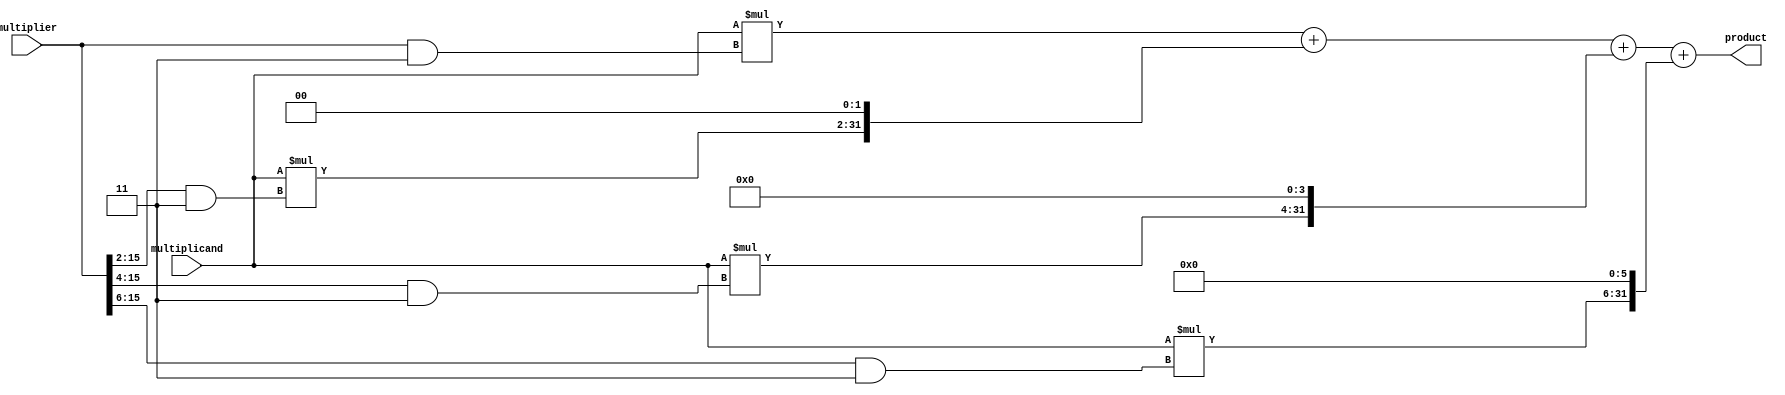
module wallace_tree_multiplier (
    input wire [15:0] multiplicand,
    input wire [15:0] multiplier,
    output reg [31:0] product
);

wire [31:0] partial_products [3:0];

assign partial_products[0] = multiplicand * (multiplier & 2'b11);
assign partial_products[1] = multiplicand * ((multiplier >> 2) & 2'b11);
assign partial_products[2] = multiplicand * ((multiplier >> 4) & 2'b11);
assign partial_products[3] = multiplicand * ((multiplier >> 6) & 2'b11);

assign product = partial_products[0] + (partial_products[1] << 2) + (partial_products[2] << 4) + (partial_products[3] << 6);

endmodule